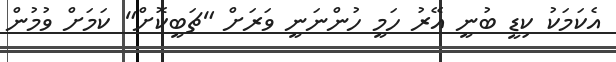
އެކަމަކު ކިޑީ ބުނީ އޭރު ހަމީ ހުންނަނީ ވަރަށް "ޗަބީކޮށް" ކަމަށް ވުމުން